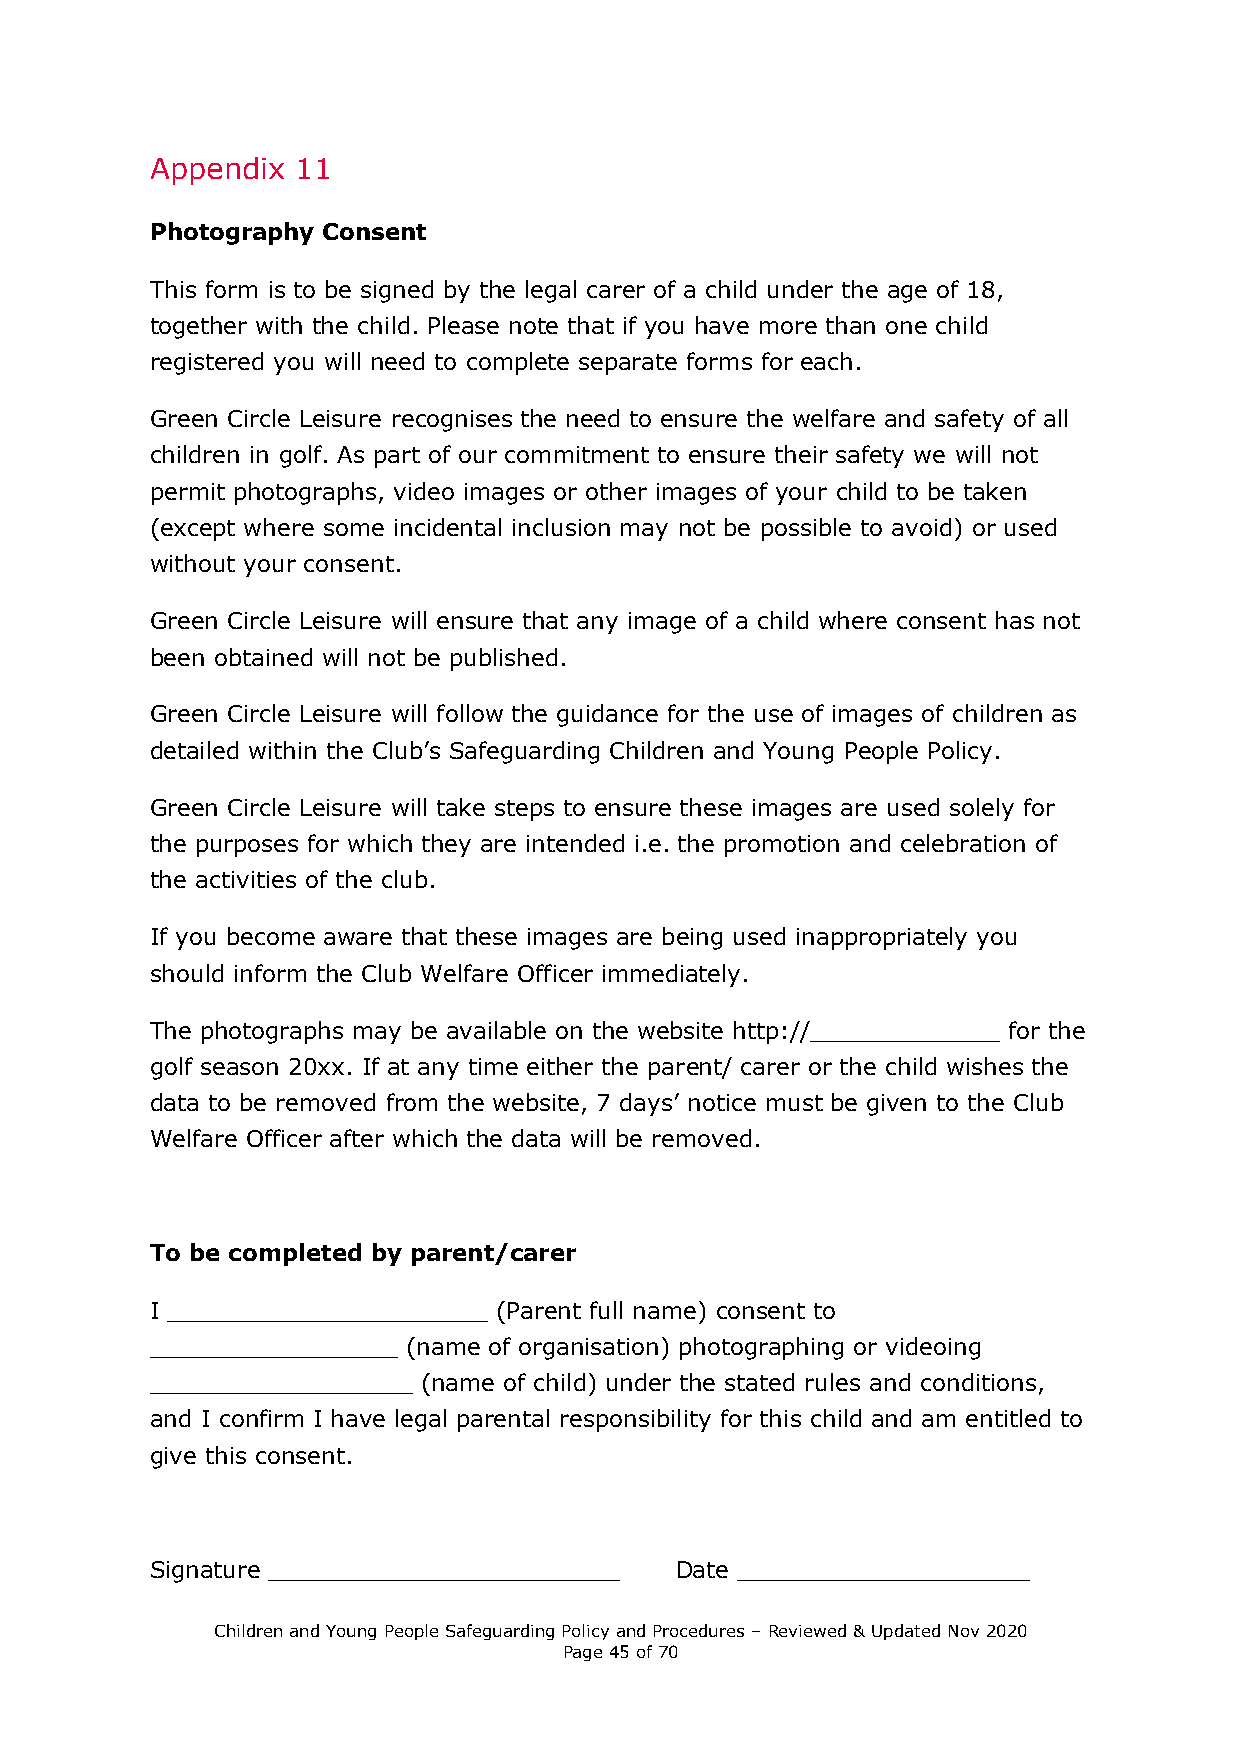
Appendix  11
 Photography Consent
 This form is to be signed by the legal carer of a child under the age of 18,
 together with the child. Please note that if you have more than one child
 registered you will need to complete separate forms for each.
 Green Circle Leisure recognises the need to ensure the welfare and safety of all
 children in golf. As part of our commitment to ensure their safety we will not
 permit photographs, video images or other images of your child to be taken
 (except where some incidental inclusion may not be possible to avoid) or used
 without your consent.
 Green Circle Leisure will ensure that any image of a child where consent has not
 been obtained will not be published.
 Green Circle Leisure will follow the guidance for the use of images of children as
 detailed within the Club’s Safeguarding Children and Young People Policy.
 Green Circle Leisure will take steps to ensure these images are used solely for
 the purposes for which they are intended i.e. the promotion and celebration of
 the activities of the club.
 If you become aware that these images are being used inappropriately you
 should inform the Club Welfare Officer immediately.
 The photographs may be available on the website http://_____________ for the
 golf season 20xx. If at any time either the parent/ carer or the child wishes the
 data to be removed from the website, 7 days’ notice must be given to the Club
 Welfare Officer after which the data will be removed.
 To be completed by parent/carer
 I ______________________ (Parent full name) consent to
 _________________ (name of organisation) photographing or videoing
 __________________ (name of child) under the stated rules and conditions,
 and I confirm I have legal parental responsibility for this child and am entitled to
 give this consent.
 Signature ________________________ Date ____________________
 Children and Young People Safeguarding Policy and Procedures – Reviewed & Updated Nov 2020
 Page 45 of 70